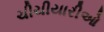
ચીચીયારીઓ